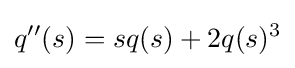
q^{\prime \prime }(s)=sq(s)+2q(s)^{3}